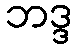
ဘဒ္ဒ